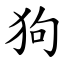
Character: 狗